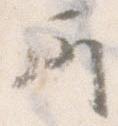
所